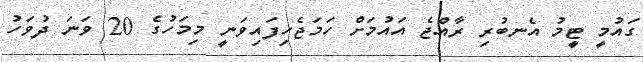
ގައުމީ ޓީމު އެނބުރި ރާއްޖެ އައުމަށް ހަމަޖެހިފައިވަނީ މިމަހުގެ 20 ވަނަ ދުވަހު